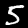
Label: 5